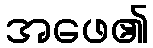
အဖေ၏